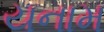
યનામ